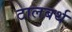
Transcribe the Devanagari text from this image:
टालबर्थ